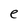
Character: e